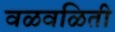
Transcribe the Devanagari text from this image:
वळवळिती